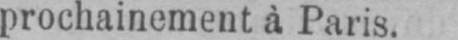
prochainement à Paris.